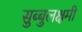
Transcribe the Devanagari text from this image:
सुब्बुलक्षमी